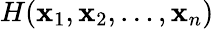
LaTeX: H(\mathbf{x}_{1},\mathbf{x}_{2},\dots,\mathbf{x}_{n})